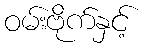
ဝမ်းဗိုက်နှင့်